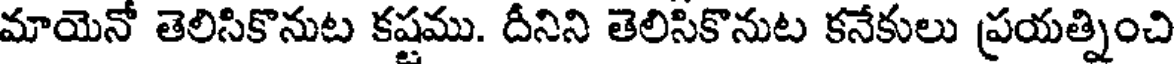
మాయెనో తెలిసికొనుట కష్టము. దీనిని తెలిసికొనుట కనేకులు ప్రయత్నించి